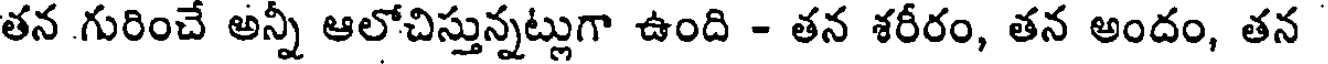
తన గురించే అన్నీ ఆలోచిస్తున్నట్లుగా ఉంది - తన శరీరం, తన అందం, తన